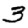
Digit: 3